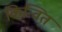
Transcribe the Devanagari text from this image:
किन्वित